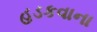
હડકવાના